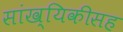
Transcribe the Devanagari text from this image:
सांख्यिकीसह